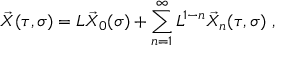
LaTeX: \vec { X } ( \tau , \sigma ) = L \vec { X } _ { 0 } ( \sigma ) + \sum _ { n = 1 } ^ { \infty } L ^ { 1 - n } \vec { X } _ { n } ( \tau , \sigma ) \ ,